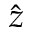
\hat { z }